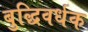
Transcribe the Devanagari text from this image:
बुद्धिवर्धक